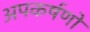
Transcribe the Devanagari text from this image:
अपकर्षणों